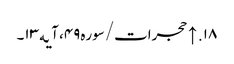
۱۸. ↑ حجرات/سوره۴۹، آیه۱۳۔